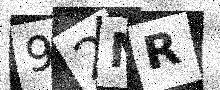
Text: 92NR